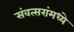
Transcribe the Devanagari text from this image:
संवत्सरांमध्ये